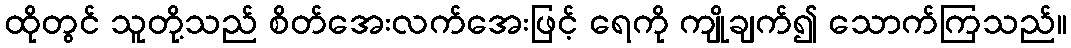
ထိုတွင် သူတို့သည် စိတ်အေးလက်အေးဖြင့် ရေကို ကျိုချက်၍ သောက်ကြသည်။